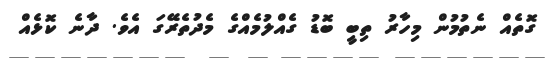
ގޮތެއް ނެތުމުން މިހާރު ތިބީ ބޮޑު ގެއްލުމެއްގެ މެދުތެރޭގަ އެވެ. ދާނެ ކޮޅެއް